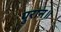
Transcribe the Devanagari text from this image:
पुरान॥